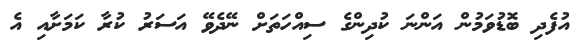
އުފެދި ބޮޑުވަމުން އަންނަ ކުދިންގެ ސިއްހަތަށް ނޭދެވޭ އަސަރު ކުރާ ކަމަށާއި އެ